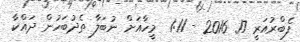
ފެބްރުއަރީ 17